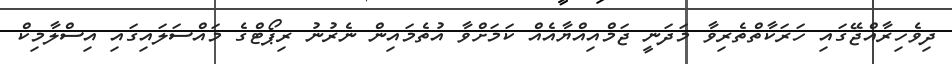
ދިވެހިރާއްޖޭގައި ހަރަކާތްތެރިވާ މަދަނީ ޖަމްއިއްޔާއެއް ކަމަށްވާ އުތެމައިން ނެރުނު ރިޕޯޓްގެ މައްސަލައިގައި އިސްލާމިކް